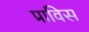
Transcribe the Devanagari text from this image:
प्राविस